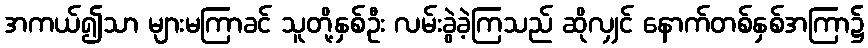
အကယ်၍သာ များမကြာခင် သူတို့နှစ်ဦး လမ်းခွဲခဲ့ကြသည် ဆိုလျှင် နောက်တစ်နှစ်အကြာ၌